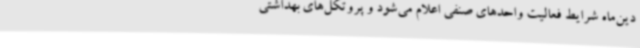
دین‌ماه شرایط فعالیت واحدهای صنفی اعلام می‌شود و پروتکل‌های بهداشتی